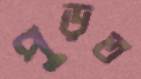
পুড়ত